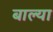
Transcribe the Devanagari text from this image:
बाल्या